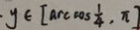
y \in [ \arccos \frac { 1 } { 4 } , \pi ]